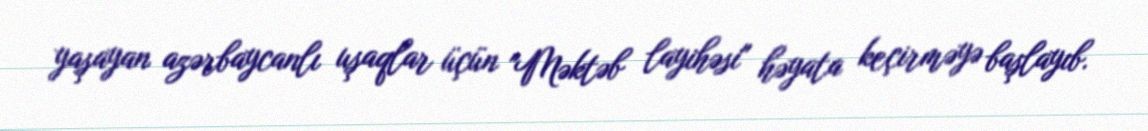
yaşayan azərbaycanlı uşaqlar üçün "Məktəb layihəsi" həyata keçirməyə başlayıb.